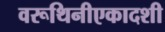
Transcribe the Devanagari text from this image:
वरूथिनीएकादशी